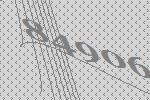
84906